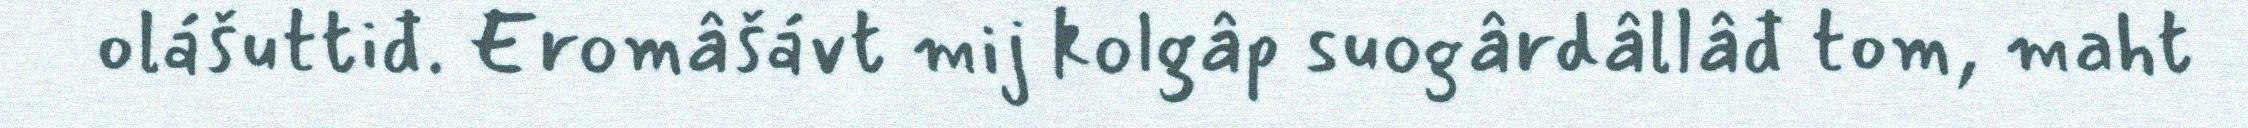
olášuttiđ. Eromâšávt mij kolgâp suogârdâllâđ tom, maht